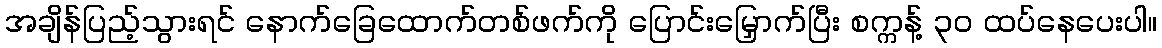
အချိန်ပြည့်သွားရင် နောက်ခြေထောက်တစ်ဖက်ကို ပြောင်းမြှောက်ပြီး စက္ကန့် ၃၀ ထပ်နေပေးပါ။